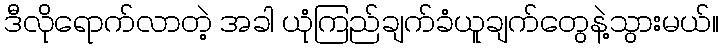
ဒီလိုရောက်လာတဲ့ အခါ ယုံကြည်ချက်ခံယူချက်တွေနဲ့သွားမယ်။